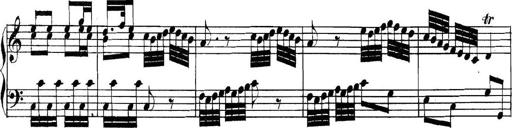
Title: Collected Piano Sonatas
Composer: Muzio Clementi